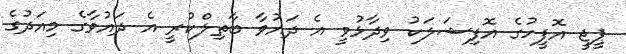
ޕީޖީ އޮފީހުގެ އޮފިޝަލަކު ވިދާޅުވީ އެ ދައުވާ ބާތިލްކުރީ އެ ދައުވާގެ މިއަދުގެ